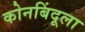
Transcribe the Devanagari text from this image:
कोनबिंदूला